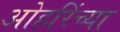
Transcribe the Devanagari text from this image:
ओहरिंच्या